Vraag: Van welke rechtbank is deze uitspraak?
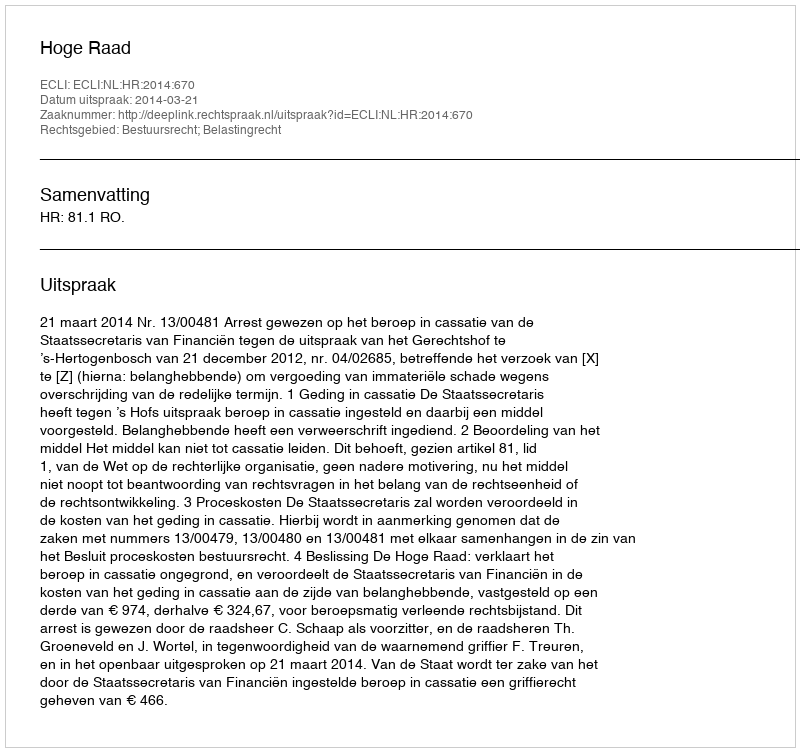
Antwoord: Hoge Raad